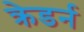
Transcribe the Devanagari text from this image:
क्रेडर्न